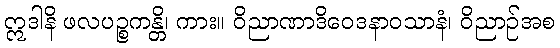
ဣဒါနိ ဖလပဉ္စကန္တိ၊ ကား။ ဝိညာဏာဒိဝေဒနာဝသာနံ၊ ဝိညာဉ်အစ